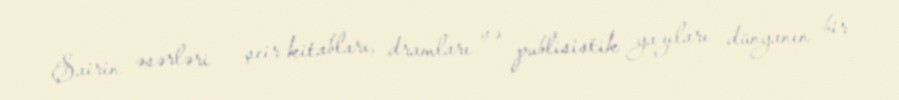
Şairin əsərləri – şeir kitabları, dramları və publisistik yazıları dünyanın bir